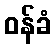
ဝန်ခံ